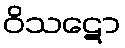
ဝိသဋော